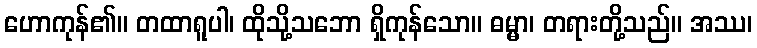
ဟောကုန်၏။ တထာရူပါ၊ ထိုသို့သဘော ရှိကုန်သော။ ဓမ္မာ၊ တရားတို့သည်။ အဿ၊